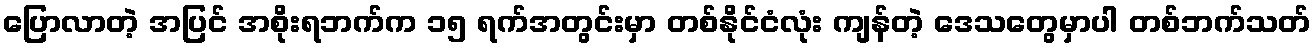
ပြောလာတဲ့ အပြင် အစိုးရဘက်က ၁၅ ရက်အတွင်းမှာ တစ်နိုင်ငံလုံး ကျန်တဲ့ ဒေသတွေမှာပါ တစ်ဘက်သတ်